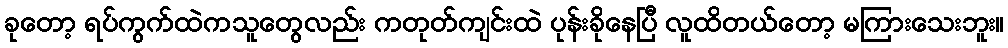
ခုတော့ ရပ်ကွက်ထဲကသူတွေလည်း ကတုတ်ကျင်းထဲ ပုန်းခိုနေပြီ လူထိတယ်တော့ မကြားသေးဘူး။